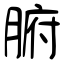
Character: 腑